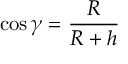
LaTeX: \cos \gamma = { \frac { R } { R + h } }